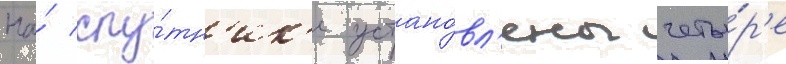
На́ спу́тн'ик'е устано́вл'ены четы́р'е